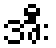
အီး